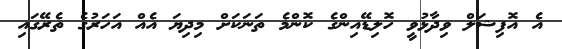
އެ އޮފިޝަލް ވިދާޅުވީ ހޮލިޑޭއިންގެ ކޮންމެ ތަނަކަށް މިދިޔަ އެއް އަހަރުގެ ތެރޭގައި